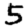
Digit: 5